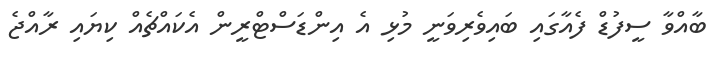
ބާއްވާ ސީފުޑް ފެއާގައި ބައިވެރިވަނީ މުޅި އެ އިންޑަސްޓްރީން އެކައްޗެއް ކިޔައި ރާއްޖެ